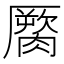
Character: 𰯖